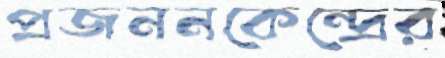
প্রজননকেন্দ্রের